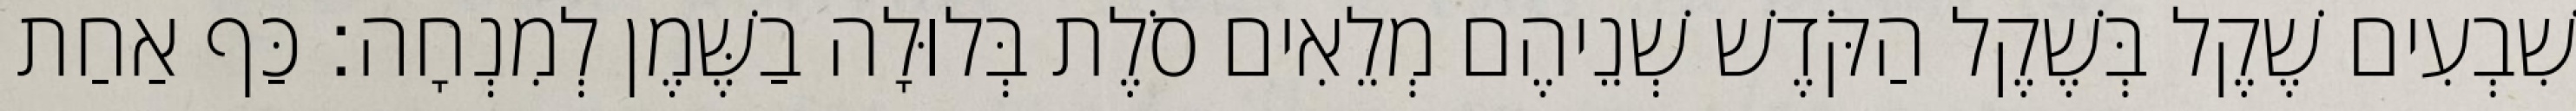
שִׁבְעִים שֶׁקֶל בְּשֶׁקֶל הַקֹּדֶשׁ שְׁנֵיהֶם מְלֵאִים סֹלֶת בְּלוּלָה בַשֶּׁמֶן לְמִנְחָה׃ כַּף אַחַת